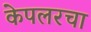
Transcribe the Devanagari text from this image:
केपलरचा